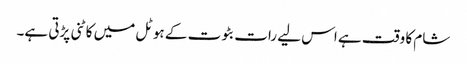
شام کا وقت ہے اس لیے رات بٹوت کے ہوٹل میں کاٹنی پڑتی ہے۔